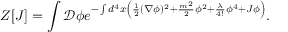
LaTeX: Z [ J ] = \int { \mathcal { D } } \phi e ^ { - \int d ^ { 4 } x \left( { \frac { 1 } { 2 } } ( \nabla \phi ) ^ { 2 } + { \frac { m ^ { 2 } } { 2 } } \phi ^ { 2 } + { \frac { \lambda } { 4 ! } } \phi ^ { 4 } + J \phi \right) } .